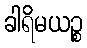
ခါရိမယဉ္စ